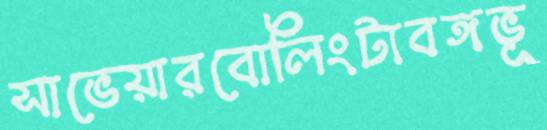
সাভেয়ারবোলিংটাবঙ্গভূ